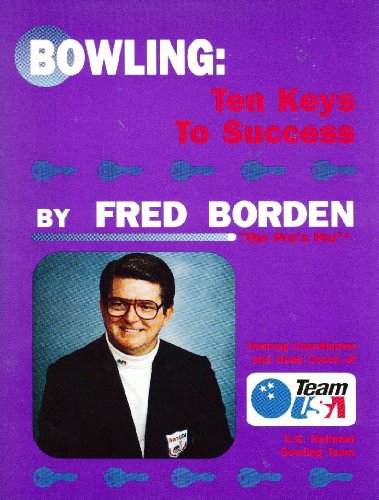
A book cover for Bowling: 10 Keys to Success; Fred Borden; Sports & Outdoors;